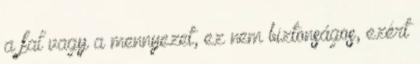
a fal vagy a mennyezet, ez nem biztonságos, ezért